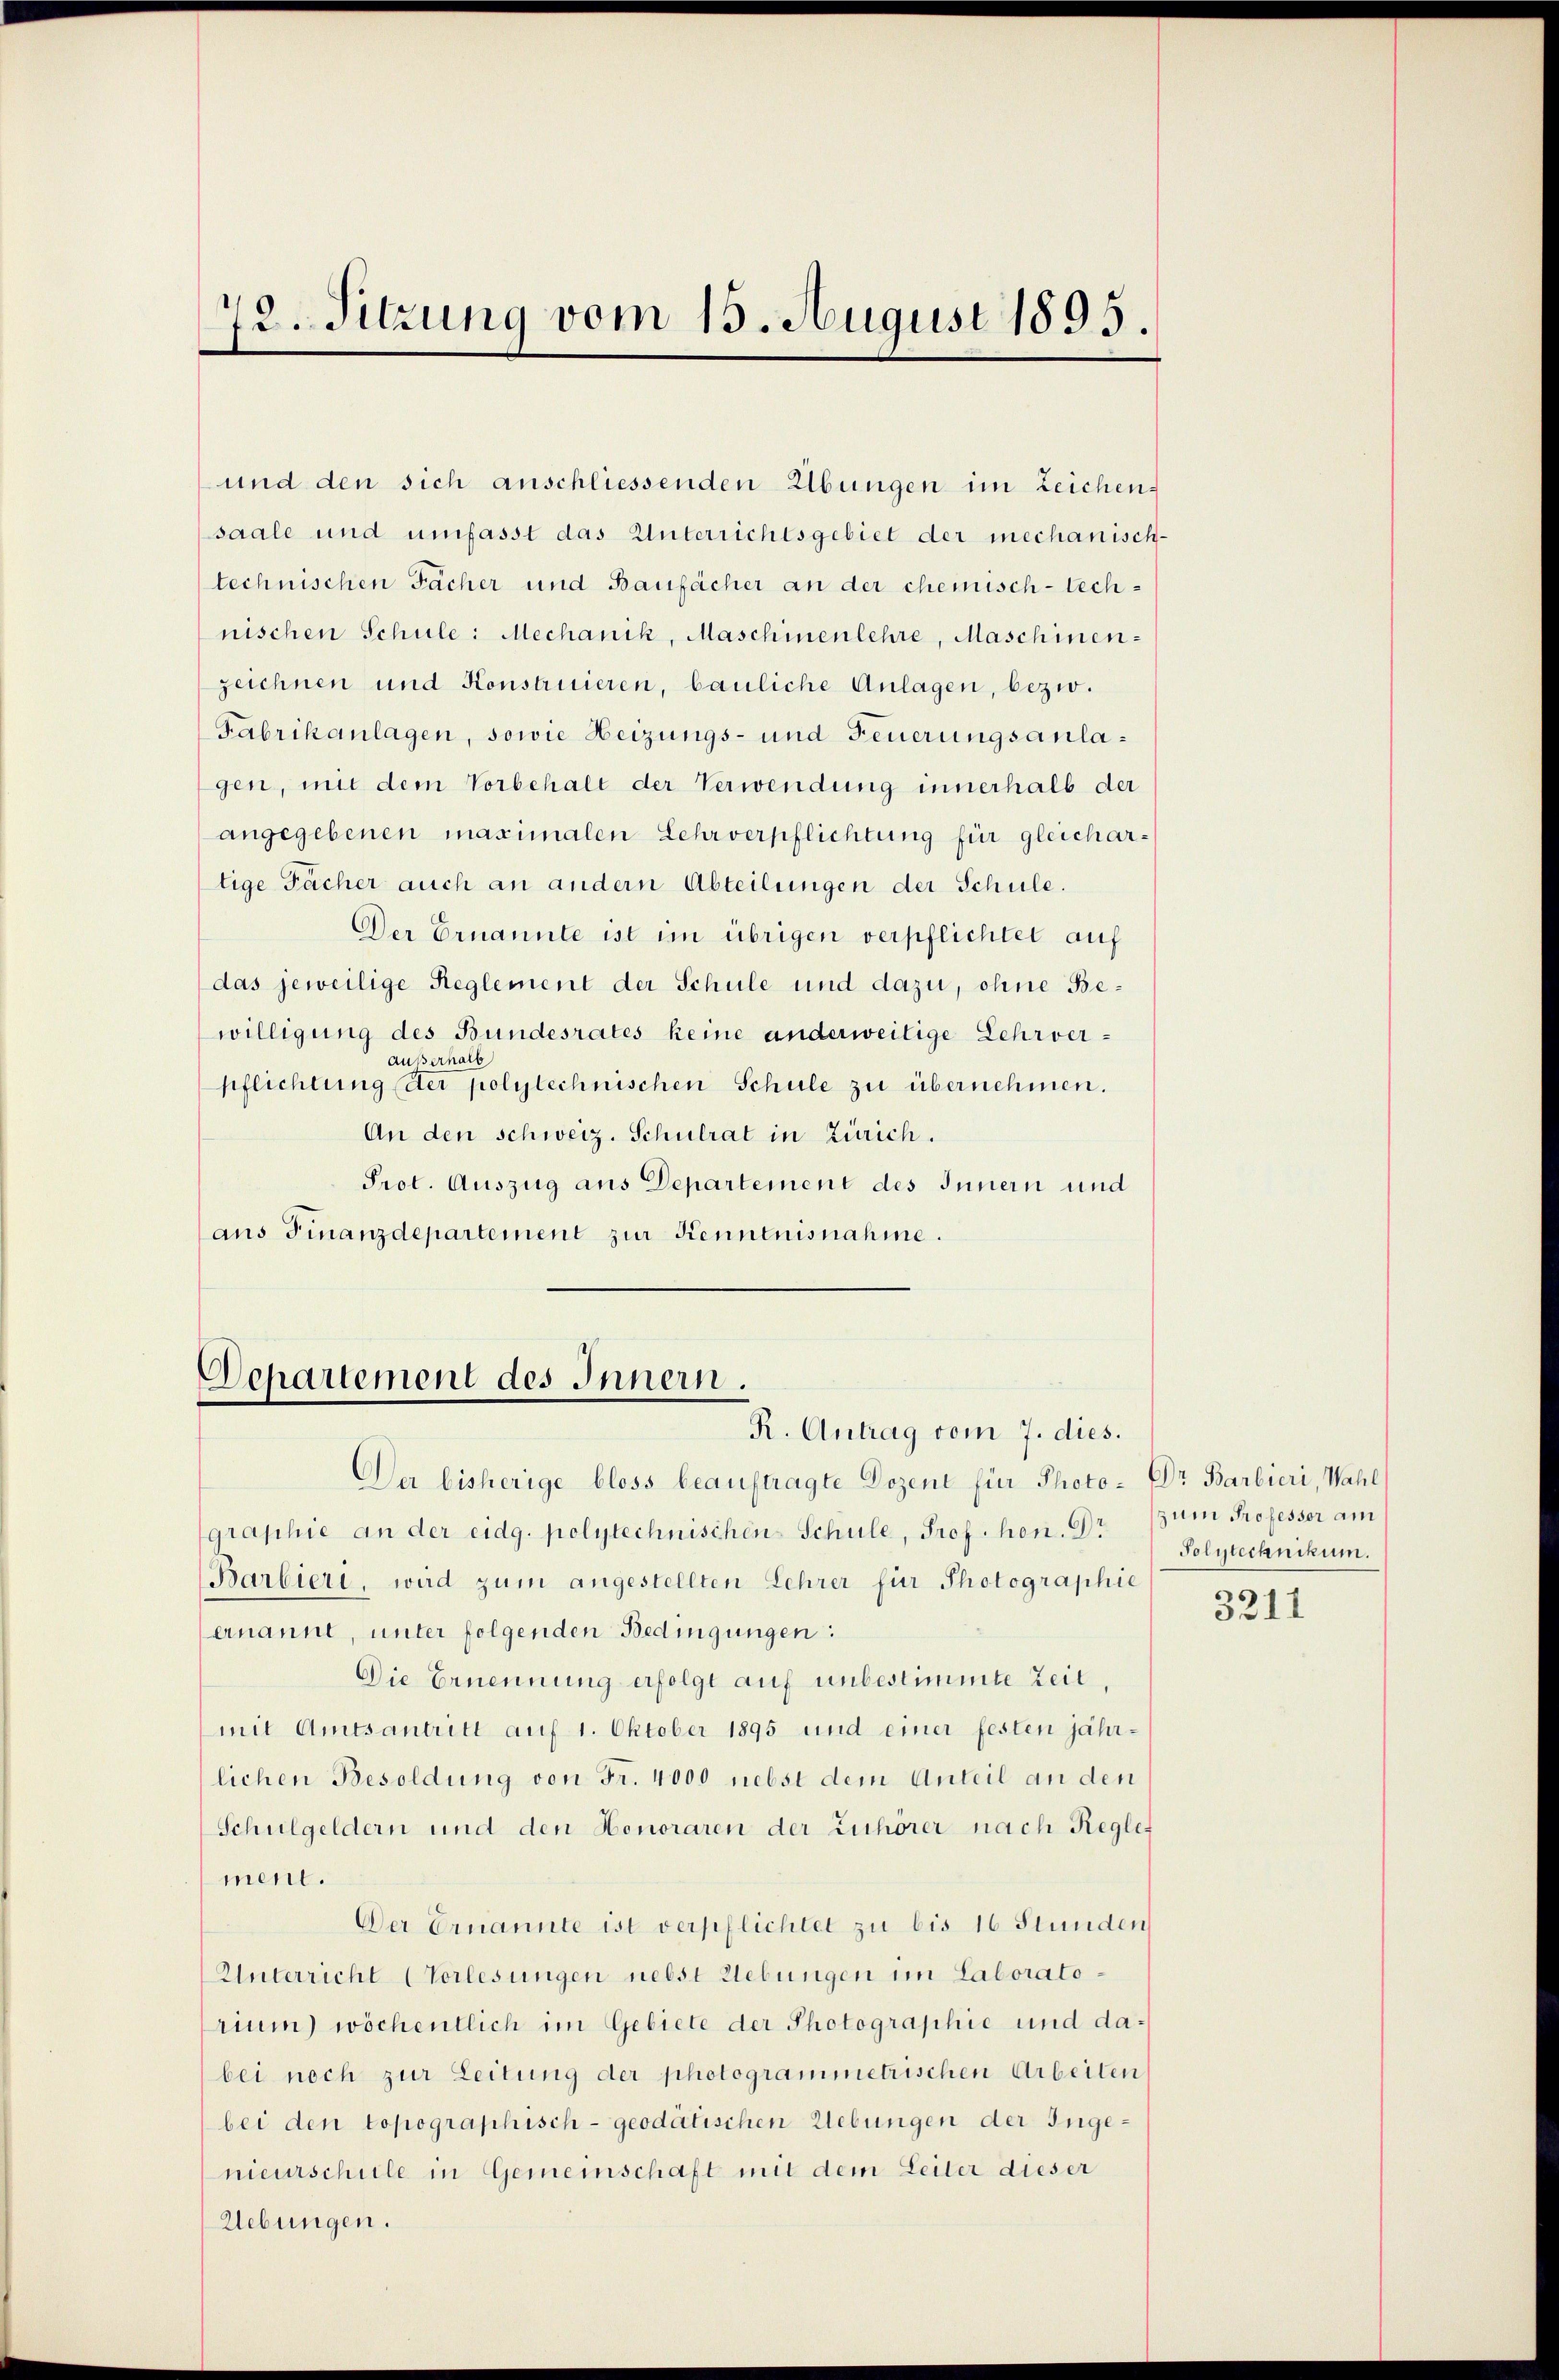
72. Sitzung vom 15. August 1895.

und den sich anschliessenden Übungen im Zeichen,
saale und umfasst das Unterrichtsgebiet der mechanisch-
technischen Fächer und Baufächer an der chemisch-technischen Schule: Mechanik, Maschinenlehre, Maschinen-
zeichnen und Konstruieren, bauliche Anlagen, bezw.
Fabrikanlagen, sowie Heizungs- und Feuerungsanlagen, mit dem Vorbehalt der Verwendung innerhalb der
angegebenen maximalen Lehrverpflichtung für gleichartige Fächer auch an andern Abteilungen der Schule.
Der Ernannte ist im übrigen verpflichtet auf
das jeweilige Reglement der Schule und dazu, ohne Bewilligung des Bundesrates keine anderweilige Lehrveraußerhalb
pflichtung der polytechnischen Schule zu übernehmen.
An den schweiz. Schulrat in Zürich.
Prot. Auszug aus Departement des Innern und
ans Finanzdepartement zur Kenntnisnahme.

Departement des Innern.
R. Antrag vom 7. dies.

Der bisherige bloss beauftragte Dozent für Photo- DDr. Barbieri, Wahl
graphie an der eidg. polytechnischen Schule, Prof. hon. Dr
Barbieri, wird zum angestellten Lehrer für Photographie
ernannt, unter folgenden Bedingungen:
Die Ernennung erfolgt auf unbestimmte Zeit,
mit Amtsantritt auf 1. Oktober 1895 und einer festen jährlichen Besoldung von Fr. 4000 nebst dem Anteil an den
Schulgeldern und den Honoraren der Zuhörer nach Reglement.
Der Ernannte ist verpflichtet zu bis 16 Stunden
Unterricht Vorlesungen nebst Uebungen im Laboratorium) wöchentlich im Gebiete der Photographie und dabei noch zur Leitung der photogrammetrischen Arbeiten
bei den topographisch - geodätischen Uebungen der Ingenieurschule in Gemeinschaft mit dem Leiter dieser
Uebungen.

zum Professor am
Polytechnikum.

3211